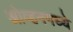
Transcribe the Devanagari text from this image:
ओव्हनमध्ये